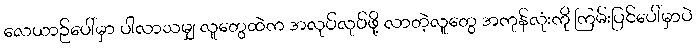
လေယာဉ်ပေါ်မှာ ပါလာသမျှ လူတွေထဲက အလုပ်လုပ်ဖို့ လာတဲ့လူတွေ အကုန်လုံးကို ကြမ်းပြင်ပေါ်မှာပဲ